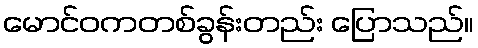
မောင်ဝကတစ်ခွန်းတည်း ပြောသည်။